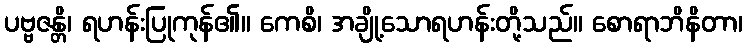
ပဗ္ဗဇန္တိ၊ ရဟန်းပြုကုန်၏။ ကေစိ၊ အချို့သောရဟန်းတို့သည်။ စောရာဘိနိတာ၊